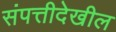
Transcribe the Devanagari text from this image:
संपत्तीदेखील